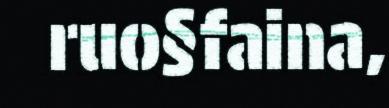
ruo§faina,